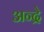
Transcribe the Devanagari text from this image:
अन्द्रे